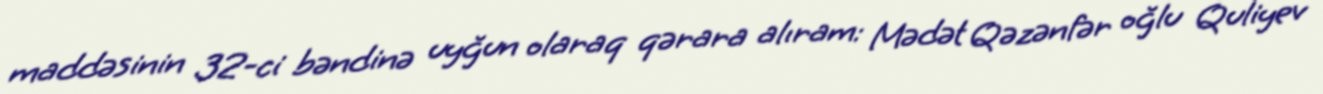
maddəsinin 32-ci bəndinə uyğun olaraq qərara alıram: Mədət Qəzənfər oğlu Quliyev